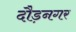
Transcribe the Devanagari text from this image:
दौड़नगर